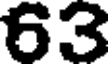
63